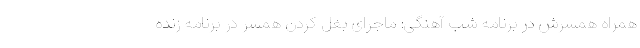
همراه همسرش در برنامه شب آهنگی: ماجرای بغل کردن همسر در برنامه زنده